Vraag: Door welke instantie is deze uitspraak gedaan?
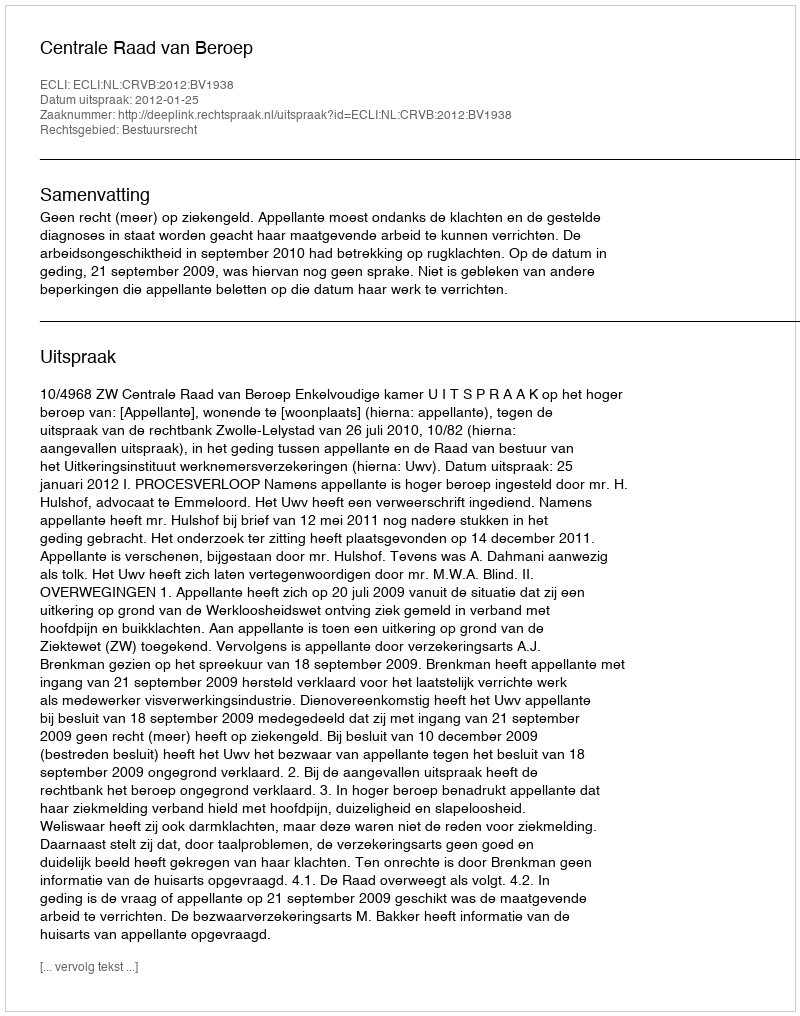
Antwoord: Centrale Raad van Beroep